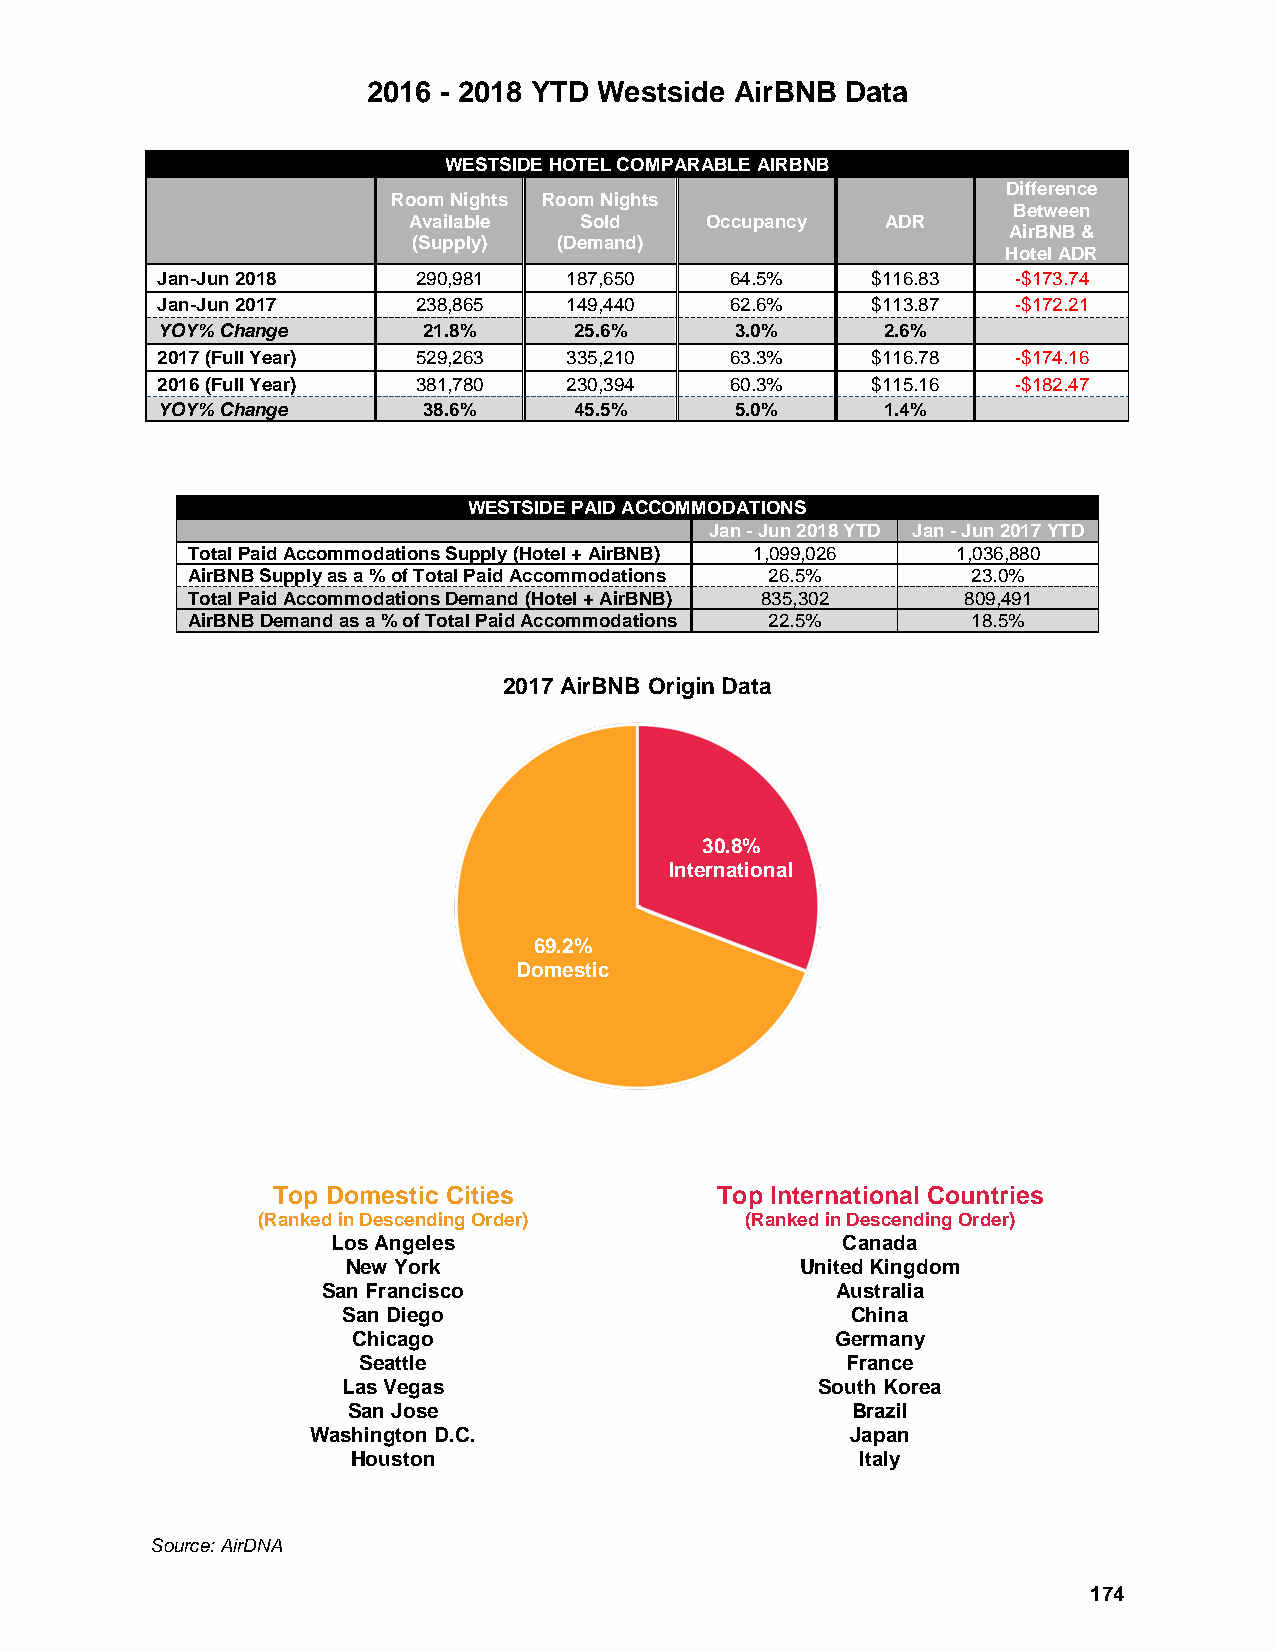
2016 - 2018 YTD Westside AirBNB Data
 WESTSIDE HOTEL COMPARABLE AIRBNB
 Difference
 Room Nights Room Nights
 Between
 Available  Sold     Occupancy   ADR
 AirBNB &
 (Supply)  (Demand)
 Hotel ADR
 Jan-Jun 2018      290,981   187,650   64.5%     $116.83  -$173.74
 Jan-Jun 2017      238,865   149,440   62.6%     $113.87  -$172.21
 YOY% Change       21.8%     25.6%      3.0%      2.6%
 2017 (Full Year)  529,263   335,210   63.3%     $116.78  -$174.16
 2016 (Full Year)  381,780   230,394   60.3%     $115.16  -$182.47
 YOY% Change       38.6%     45.5%      5.0%      1.4%
 WESTSIDE PAID ACCOMMODATIONS
 Jan - Jun 2018 YTD Jan - Jun 2017 YTD
 Total Paid Accommodations Supply (Hotel + AirBNB) 1,099,026 1,036,880
 AirBNB Supply as a % of Total Paid Accommodations 26.5% 23.0%
 Total Paid Accommodations Demand (Hotel + AirBNB) 835,302 809,491
 AirBNB Demand as a % of Total Paid Accommodations 22.5% 18.5%
 2017 AirBNB Origin Data
 30.8%
 International
 69.2%
 Domestic
 Top Domestic Cities          Top International Countries
 (Ranked in Descending Order)    (Ranked in Descending Order)
 Los Angeles                       Canada
 New York                      United Kingdom
 San Francisco                     Australia
 San Diego                        China
 Chicago                         Germany
 Seattle                         France
 Las Vegas                      South Korea
 San Jose                         Brazil
 Washington D.C.                    Japan
 Houston                           Italy
 Source: AirDNA
 174